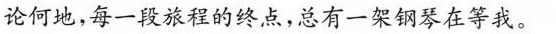
论何地，每一段旅程的终点，总有一架钢琴在等我。